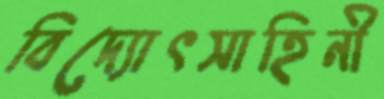
বিদ্যোৎসাহিনী